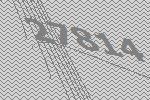
27814